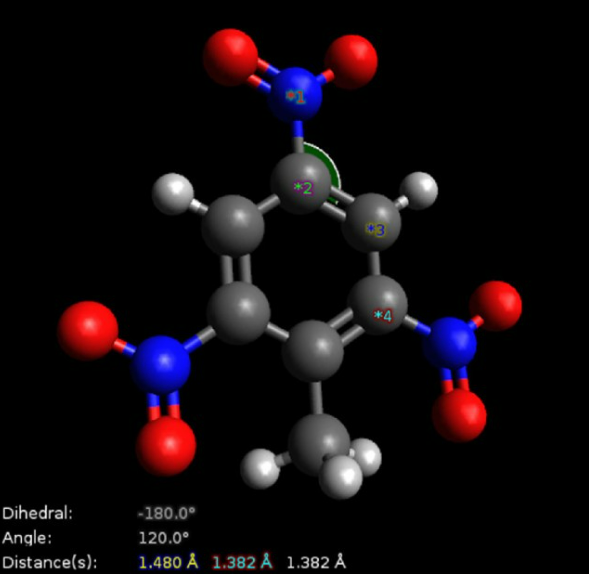
avogadro, ball and sticks